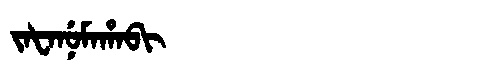
Manchu: ᠵᠠᡶᠠᠨᡠᠮᠠᡥᠠᠪᡳ
Romanization: JAFANUMAHABI